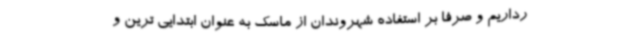
رداریم و صرفا بر استفاده شهروندان از ماسک به عنوان ابتدایی ترین و